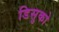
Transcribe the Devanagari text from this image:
डिसुको